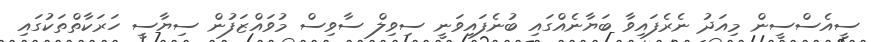
ސީއެސްސީން މިއަދު ނެރެފައިވާ ބަޔާނެއްގައި ބުނެފައިވަނީ ސިވިލް ސާވިސް މުވައްޒަފުން ސިޔާސީ ހަރަކާތްތަކުގައި